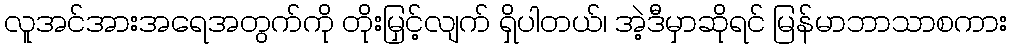
လူအင်အားအရေအတွက်ကို တိုးမြှင့်လျက် ရှိပါတယ်၊ အဲ့ဒီမှာဆိုရင် မြန်မာဘာသာစကား